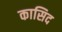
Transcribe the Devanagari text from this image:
कासिद